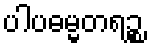
ပါပဓမ္မတရဉ္စ